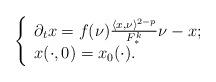
LaTeX: \begin{align*}\left\{ \begin{array}{ll} \partial_tx= f (\nu)\frac{\langle x,\nu\rangle^{2-p}}{F_{\ast}^k}\nu- x; \\ x(\cdot,0)=x_0(\cdot). \end{array}\right.\end{align*}